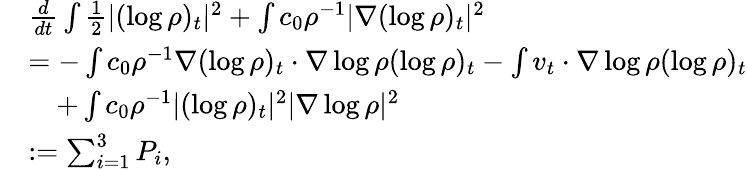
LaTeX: \begin{array}{rl}&{\frac{d}{dt}\int\frac{1}{2}|(\log\rho)_{t}|^{2}+\int c_{0}\rho^{-1}|\nabla(\log\rho)_{t}|^{2}}\\ &{=-\int c_{0}\rho^{-1}\nabla(\log\rho)_{t}\cdot\nabla\log\rho(\log\rho)_{t}-\int v_{t}\cdot\nabla\log\rho(\log\rho)_{t}}\\ &{\quad+\int c_{0}\rho^{-1}|(\log\rho)_{t}|^{2}|\nabla\log\rho|^{2}}\\ &{:=\sum_{i=1}^{3}P_{i},}\end{array}